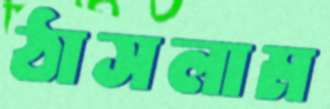
ঠাসলাম